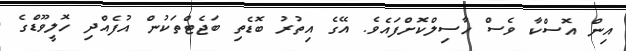
އިން އޮސްކާ ވެސް ހާސިލްކޮށްފައެވެ. އޭގެ އިތުރު ބޮޑެތި ބަޖެޓްތަކުން އުފެއްދި ހޮލީވޫޑްގެ